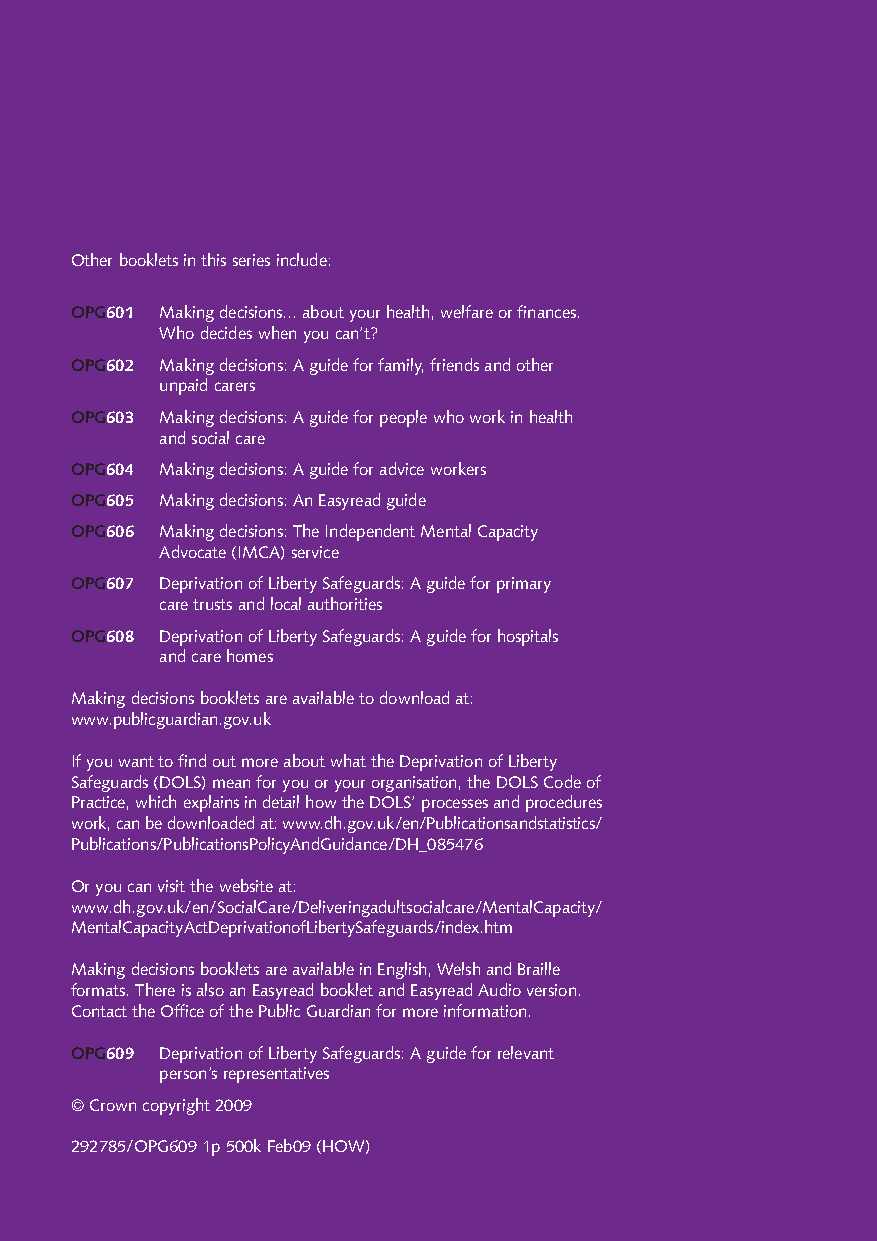
Other booklets in this series include:
 OPG601 Making decisions... about your health, welfare or finances.
 Who decides when you can’t?
 OPG602 Making decisions: A guide for family, friends and other
 unpaid carers
 OPG603 Making decisions: A guide for people who work in health
 and social care
 OPG604 Making decisions: A guide for advice workers
 OPG605 Making decisions: An Easyread guide
 OPG606 Making decisions: The Independent Mental Capacity
 Advocate (IMCA) service
 OPG607 Deprivation of Liberty Safeguards: A guide for primary
 care trusts and local authorities
 OPG608 Deprivation of Liberty Safeguards: A guide for hospitals
 and care homes
 Making decisions booklets are available to download at:
 www.publicguardian.gov.uk
 If you want to find out more about what the Deprivation of Liberty
 Safeguards (DOLS) mean for you or your organisation, the DOLS Code of
 Practice, which explains in detail how the DOLS’ processes and procedures
 work, can be downloaded at: www.dh.gov.uk/en/Publicationsandstatistics/
 Publications/PublicationsPolicyAndGuidance/DH_085476
 Or you can visit the website at:
 www.dh.gov.uk/en/SocialCare/Deliveringadultsocialcare/MentalCapacity/
 MentalCapacityActDeprivationofLibertySafeguards/index.htm
 Making decisions booklets are available in English, Welsh and Braille
 formats. There is also an Easyread booklet and Easyread Audio version.
 Contact the Office of the Public Guardian for more information.
 OPG609 Deprivation of Liberty Safeguards: A guide for relevant
 person’s representatives
 © Crown copyright 2009
 292785/OPG609 1p 500k Feb09 (HOW)